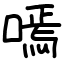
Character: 嘕